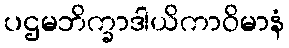
ပဌမဘိက္ခာဒါယိကာဝိမာနံ